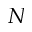
N